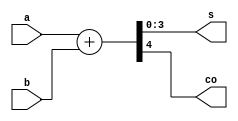
module adder4(
    input [3:0] a,b,
    output [3:0] s,
    output co
);
    assign {co,s}={1'b0,a}+{1'b0,b};
endmodule